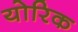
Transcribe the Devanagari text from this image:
योरिक